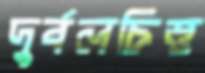
দুর্বলচিত্ত